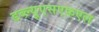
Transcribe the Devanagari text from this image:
डब्ल्यूएसएफ़एल